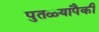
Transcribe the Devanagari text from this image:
पुतळ्यापैकी